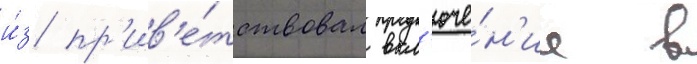
и́з пр'ив'е́тствовал вкл'юче́н'ие в